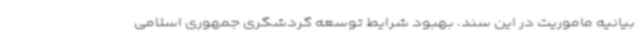
بیانیه ماموریت در این سند، بهبود شرایط توسعه گردشگری جمهوری اسلامی